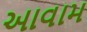
આવામ